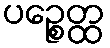
ပဉ္စေတ္ထ